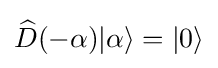
{\widehat {D}}(-\alpha )|\alpha \rangle =|0\rangle